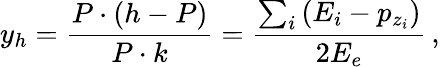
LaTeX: y_{h}=\frac{P\cdot(h-P)}{P\cdot k}=\frac{\sum_{i}\left(E_{i}-p_{z_{i}}\right)}{2E_{e}}\, ,